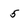
Character: 5